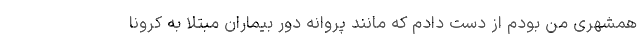
همشهری من بودم از دست دادم که مانند پروانه دور بیماران مبتلا به کرونا